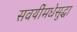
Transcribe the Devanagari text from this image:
सवयींमधेसुद्धा